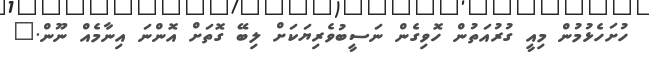
ހުށަހެޅުމުން މިއީ ގުރުއަތުން ހޮވިގެން ނަސީބުވެރިޔަކަށް ލިބޭ ގޮތަށް އޮންނަ އިނާމެއް ނޫން."